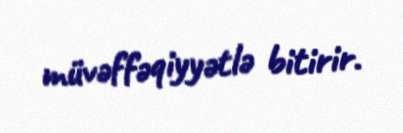
müvəffəqiyyətlə bitirir.